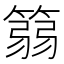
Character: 篛